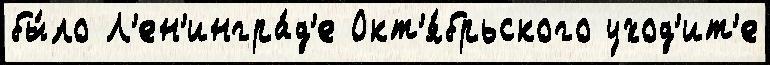
бы́ло Л'ен'ингра́д'е Окт'я́брьского уход'ит'е